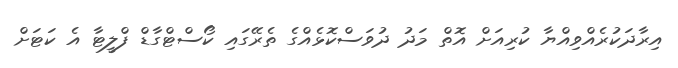
އިރާދަކުރެއްވިއްޔާ ކުރިއަށް އޮތް މަދު ދުވަސްކޮޅެއްގެ ތެރޭގައި ކޯސްޓްގާޑް ފްލީޓާ އެ ކަޓަށް